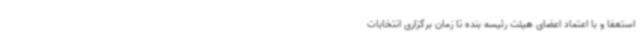
استعفا و با اعتماد اعضای هیئت رئیسه بنده تا زمان برگزاری انتخابات